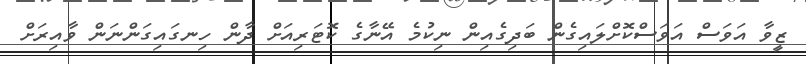
ޒީވާ އަވަސް އަވަސްކޮށްލައިގެން ބަދިގެއިން ނިކުމެ އޭނާގެ ކޮޓަރިއަށް ދާން ހިނގައިގަންނަން ވާއިރަށް